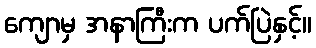
ကျောမှ အနာကြီးက ပက်ပြဲနှင့်။